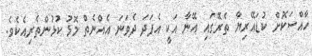
ހާއްސަކޮށް ކުޑައޭރިޔާ ތެރޭގައި އޭނާ އަކީ އެފަދަ ދެވަނަ އެއްނެތް މޮޅު ކުޅުންތެރިއެކެވެ.